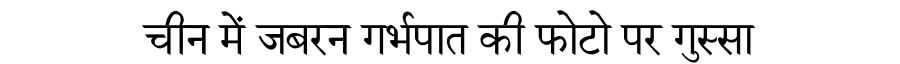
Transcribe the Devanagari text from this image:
चीन में जबरन गर्भपात की फोटो पर गुस्सा